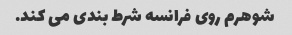
شوهرم روی فرانسه شرط بندی می کند.